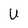
Character: u